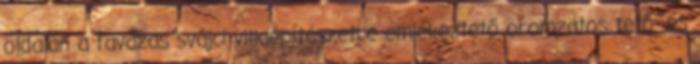
oldalán a favázas svájci villaépítészetre emlékeztető oromzatos tető- és